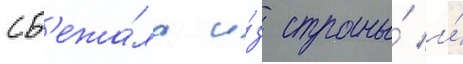
сб'ежа́ла и́з страны́ и́